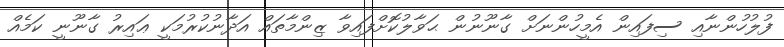
ފުލުހުންނާއި ސިފައިން އެމީހުންނަށް ގާނޫނުން ޙަވާލުކޮށްފައިވާ ޒިންމާތައް އަދާނުކުރުމަކީ ޢައިރު ގާނޫނީ ކަމެއް